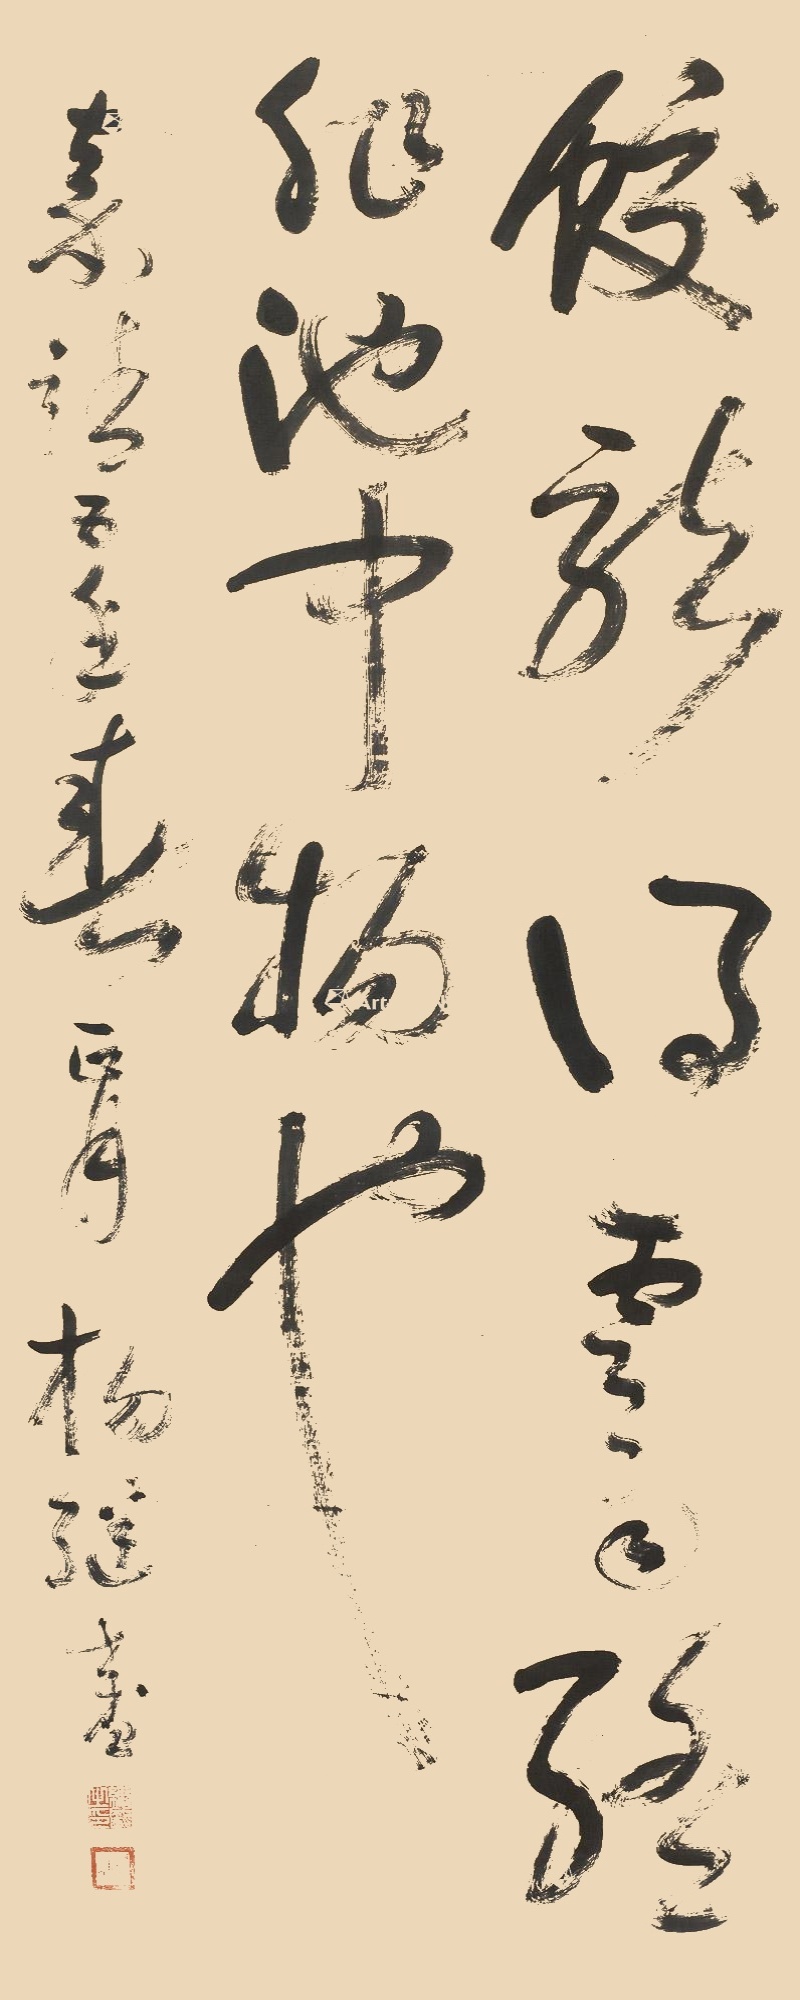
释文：蛟龙得云雨终非池中物也嘉靖五年春正月杨继盛